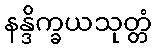
နန္ဒိက္ခယသုတ္တံ